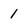
Character: 1